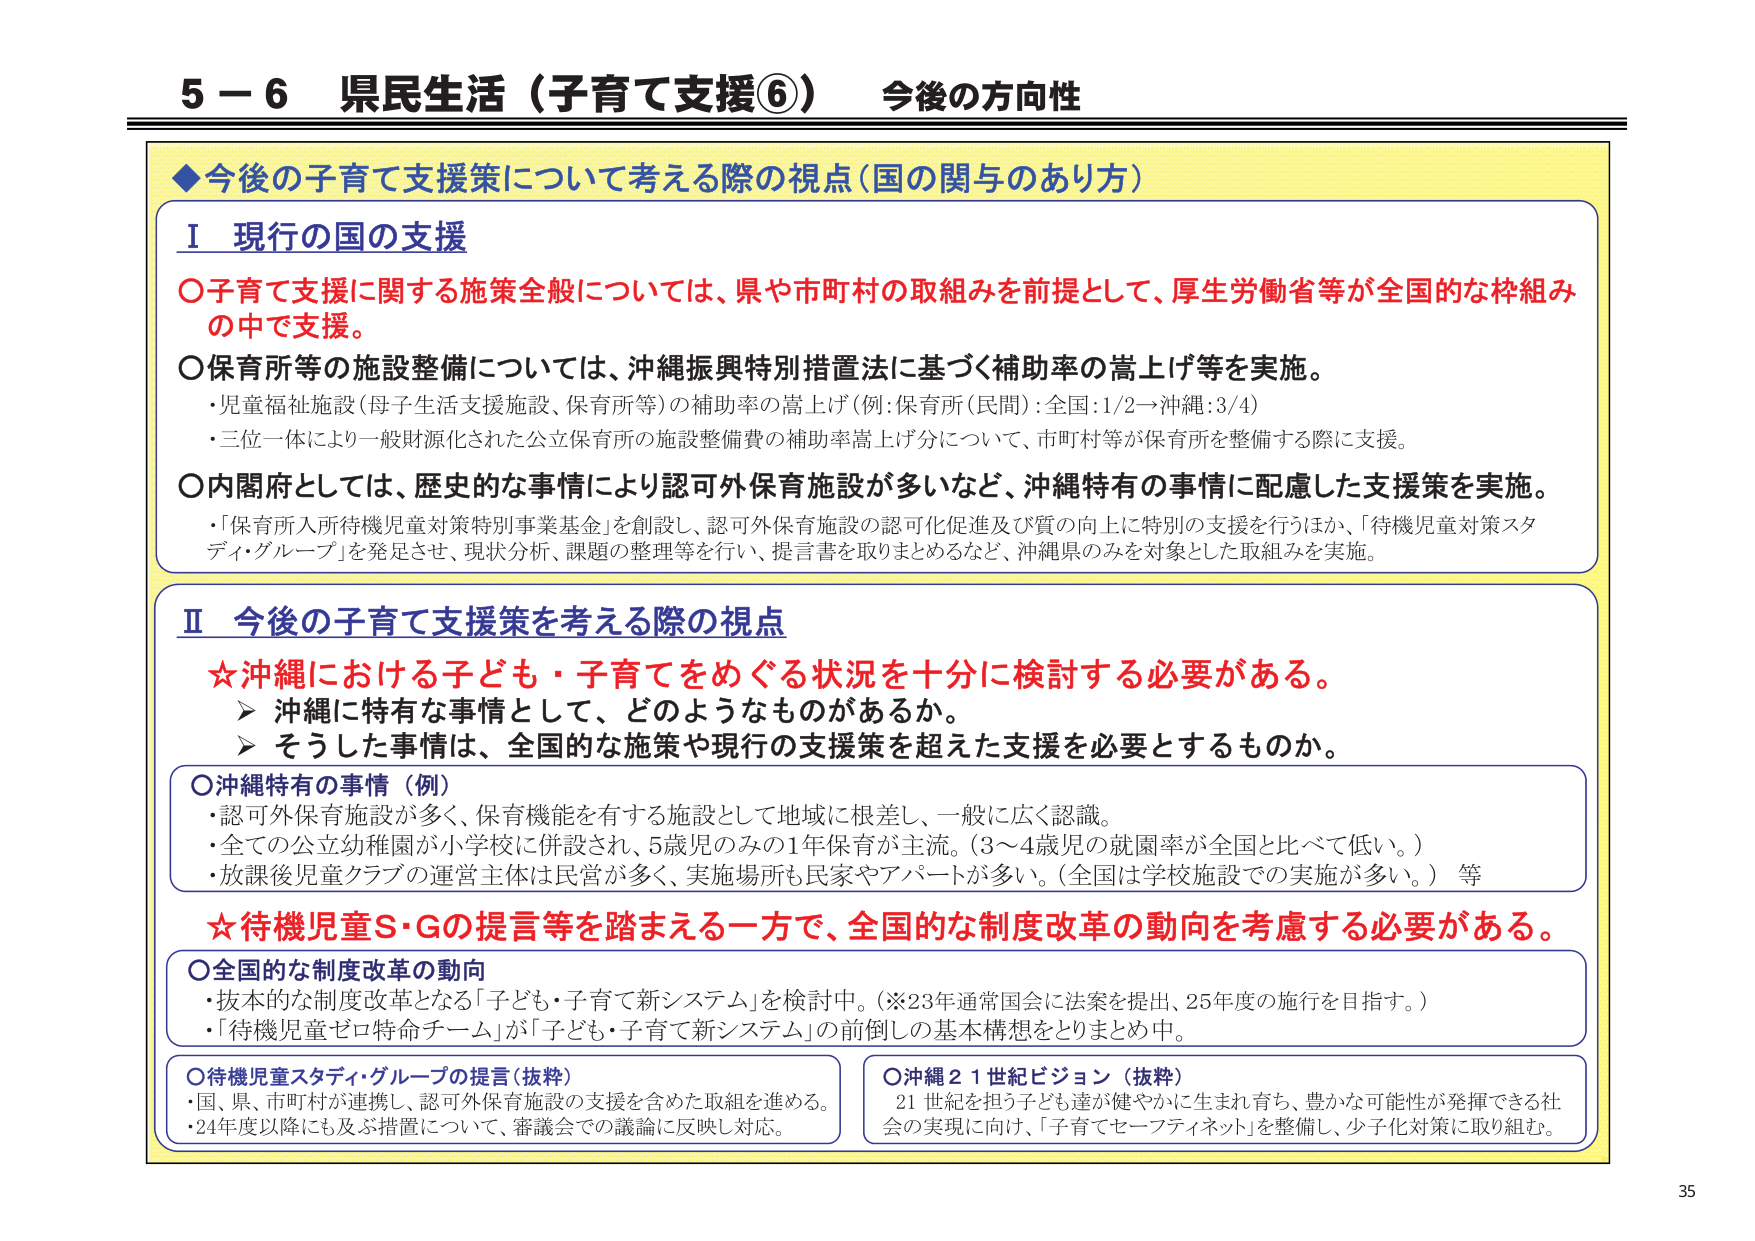
5－6 県民生活（子育て支援⑥） 今後の方針性

◆今後の子育て支援策について考える際の視点（国の関与のあり方）

Ⅰ 現行の国の支援

○子育て支援に関する施策全般については、県や市町村の取組みを前提として、厚生労働省等が全国的な枠組みの中で支援。

○保育所等の施設整備については、沖縄振興特別措置法に基づく補助率の嵩上げ等を実施。
・児童福祉施設（母子生活支援施設、保育所等）の補助率の嵩上げ（例：保育所（民間）：全国：1/2→沖縄：3/4）
・三位一体により一般財源化された公立保育所の施設整備費の補助率嵩上げ分について、市町村等が保育所を整備する際に支援。

○内閣府としては、歴史的な事情により認可外保育施設が多いなど、沖縄特有の事情に配慮した支援策を実施。
・「保育所入所待機児童対策特別事業基金」を創設し、認可外保育施設の認可化促進及び質の向上に特別の支援を行うほか、「待機児童対策スタディ・グループ」を発足させ、現状分析、課題の整理等を行い、提言書を取りまとめるなど、沖縄県のみを対象とした取組みを実施。

Ⅱ 今後の子育て支援策を考える際の視点

☆沖縄における子ども・子育てをめぐる状況を十分に検討する必要がある。
▶ 沖縄に特有な事情として、どのようなものがあるか。
▶ そうした事情は、全国的な施策や現行の支援策を超えた支援を必要とするものか。

○沖縄特有の事情（例）
・認可外保育施設が多く、保育機能を有する施設として地域に根差し、一般に広く認識。
・全ての公立幼稚園が小学校に併設され、5歳児のみの1年保育が主流。（3～4歳児の就園率が全国と比べて低い。）
・放課後児童クラブの運営主体は民営が多く、実施場所も民家やアパートが多い。（全国は学校施設での実施が多い。）等

☆待機児童S・Gの提言等を踏まえる一方で、全国的な制度改革の動向を考慮する必要がある。

○全国的な制度改革の動向
・抜本的な制度改革となる「子ども・子育て新システム」を検討中。（※23年通常国会に法案を提出、25年度の施行を目指す。）
・「待機児童ゼロ特命チーム」が「子ども・子育て新システム」の前倒しの基本構想をとりまとめ中。

○待機児童スタディ・グループの提言（抜粋）
・国、県、市町村が連携し、認可外保育施設の支援を含めた取組を進める。
・24年度以降にも及ぶ措置について、審議会での議論に反映し対応。

○沖縄21世紀ビジョン（抜粋）
21世紀を担う子ども達が健やかに生まれ育ち、豊かな可能性が発揮できる社会の実現に向け、「子育てセーフティネット」を整備し、少子化対策に取り組む。

35